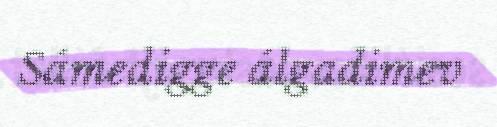
Sámedigge álgadimev